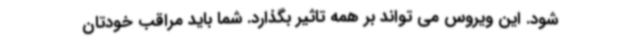
شود. این ویروس می تواند بر همه تاثیر بگذارد. شما باید مراقب خودتان